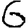
Digit: 6